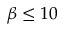
\beta \leq 1 0